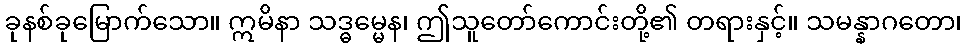
ခုနစ်ခုမြောက်သော။ ဣမိနာ သဒ္ဓမ္မေန၊ ဤသူတော်ကောင်းတို့၏ တရားနှင့်။ သမန္နာဂတော၊